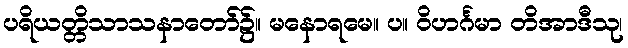
ပရိယတ္တိသာသနာတော်၌။ မနောရမေ။ ပ။ ဝိဟင်္ဂမာ တိအာဒီသု၊